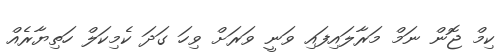
ކިމް ޖޮން ނަމް މަރާލައިފައި ވަނީ ވަރަށް ވިހަ ގަދަ ކެމިކަލް ހަތިޔާރެއް